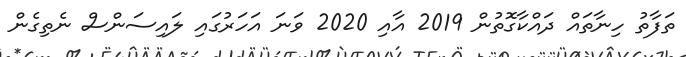
ތަފާތު ހިނާތައް ދައްކާގޮތުން 2019 އާއި 2020 ވަނަ އަހަރުގައި ލައިސަންސް ނެތިގެން